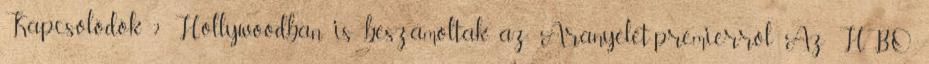
Kapcsolódók 2 Hollywoodban is beszámoltak az Aranyélet-premierről Az HBO